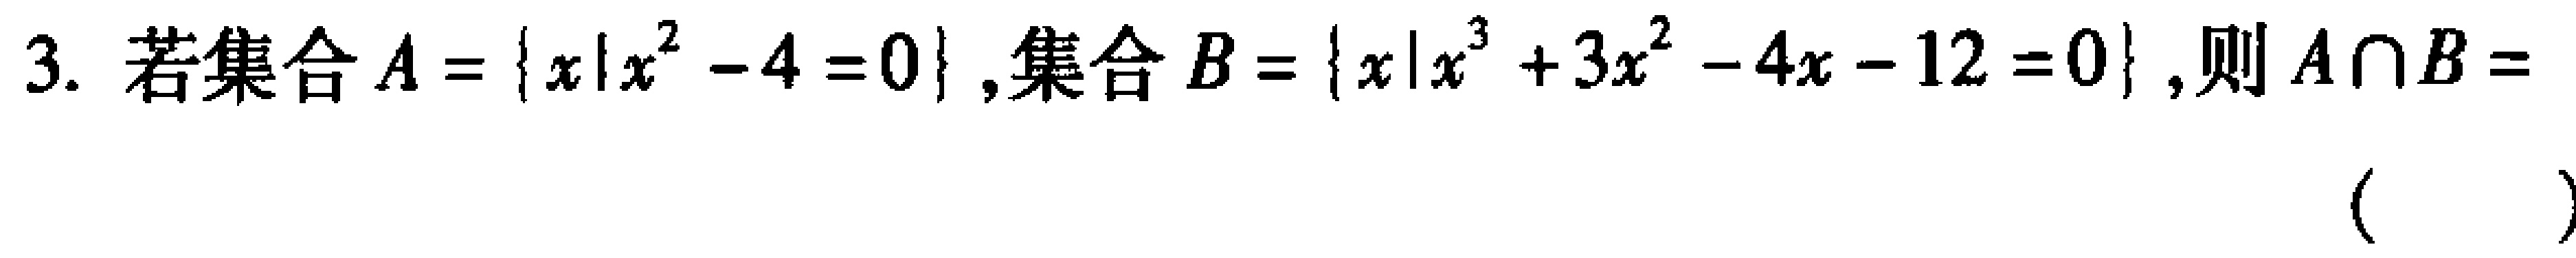
3. 若集合\(A = \{x|x^{2}-4 = 0\}\),集合\(B = \{x|x^{3}+3x^{2}-4x - 12 = 0\}\),则\(A\cap B =\)（  ）